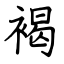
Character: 褐